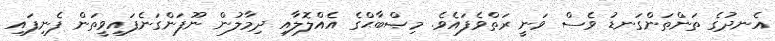
އެނދުގެ ތަންތަންގަނޑު ވެސް ވަނީ ރަތްވެފައެވެ. މިޞްބާޙްގެ އެއްލޮލާއި ދިމާލުން ނޫފަންގަނެފައިވީތަން ފެނިފައި